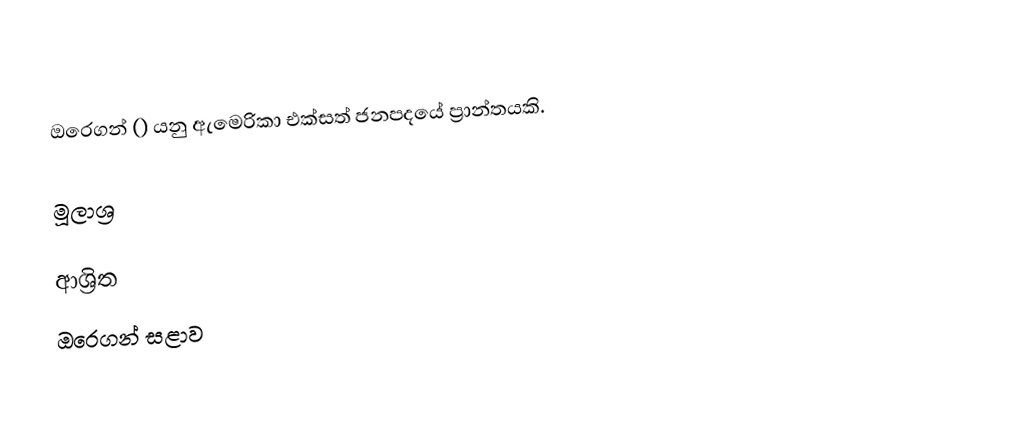
ඔරෙගන් () යනු ඇමෙරිකා එක්සත් ජනපදයේ ප්‍රාන්තයකි.

මූලාශ්‍ර

ආශ්‍රිත
 ඔරෙගන් සළාව